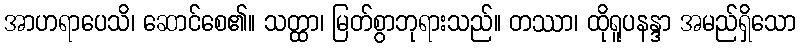
အာဟရာပေသိ၊ ဆောင်စေ၏။ သတ္ထာ၊ မြတ်စွာဘုရားသည်။ တဿာ၊ ထိုရူပနန္ဒာ အမည်ရှိသော